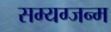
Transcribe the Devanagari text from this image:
सम्यग्जन्म